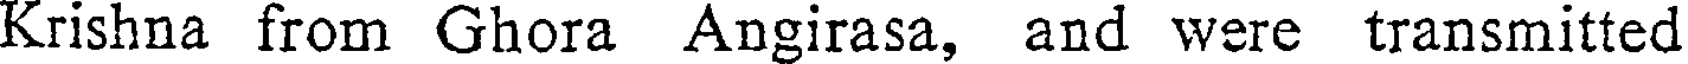
Krishna from Ghora Angirasa, and were transmitted